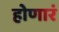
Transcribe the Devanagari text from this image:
होणारं